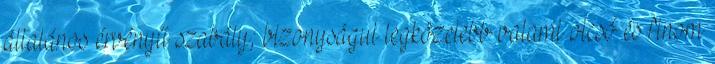
általános érvényű szabály; bizonyságul legközelebb valami olcsó és finom